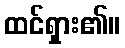
ထင်ရှား၏။